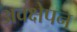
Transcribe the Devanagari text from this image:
अवक्षेपन